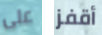
على أقفز